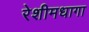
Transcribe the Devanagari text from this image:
रेशीमधागा